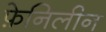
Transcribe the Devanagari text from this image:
फ़ेनिलीन